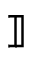
] \! ]